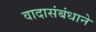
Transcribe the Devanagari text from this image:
वादासंबंधाने